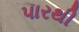
પારથી